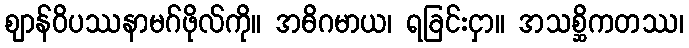
ဈာန်ဝိပဿနာမဂ်ဖိုလ်ကို။ အဓိဂမာယ၊ ရခြင်းငှာ။ အသစ္ဆိကတဿ၊